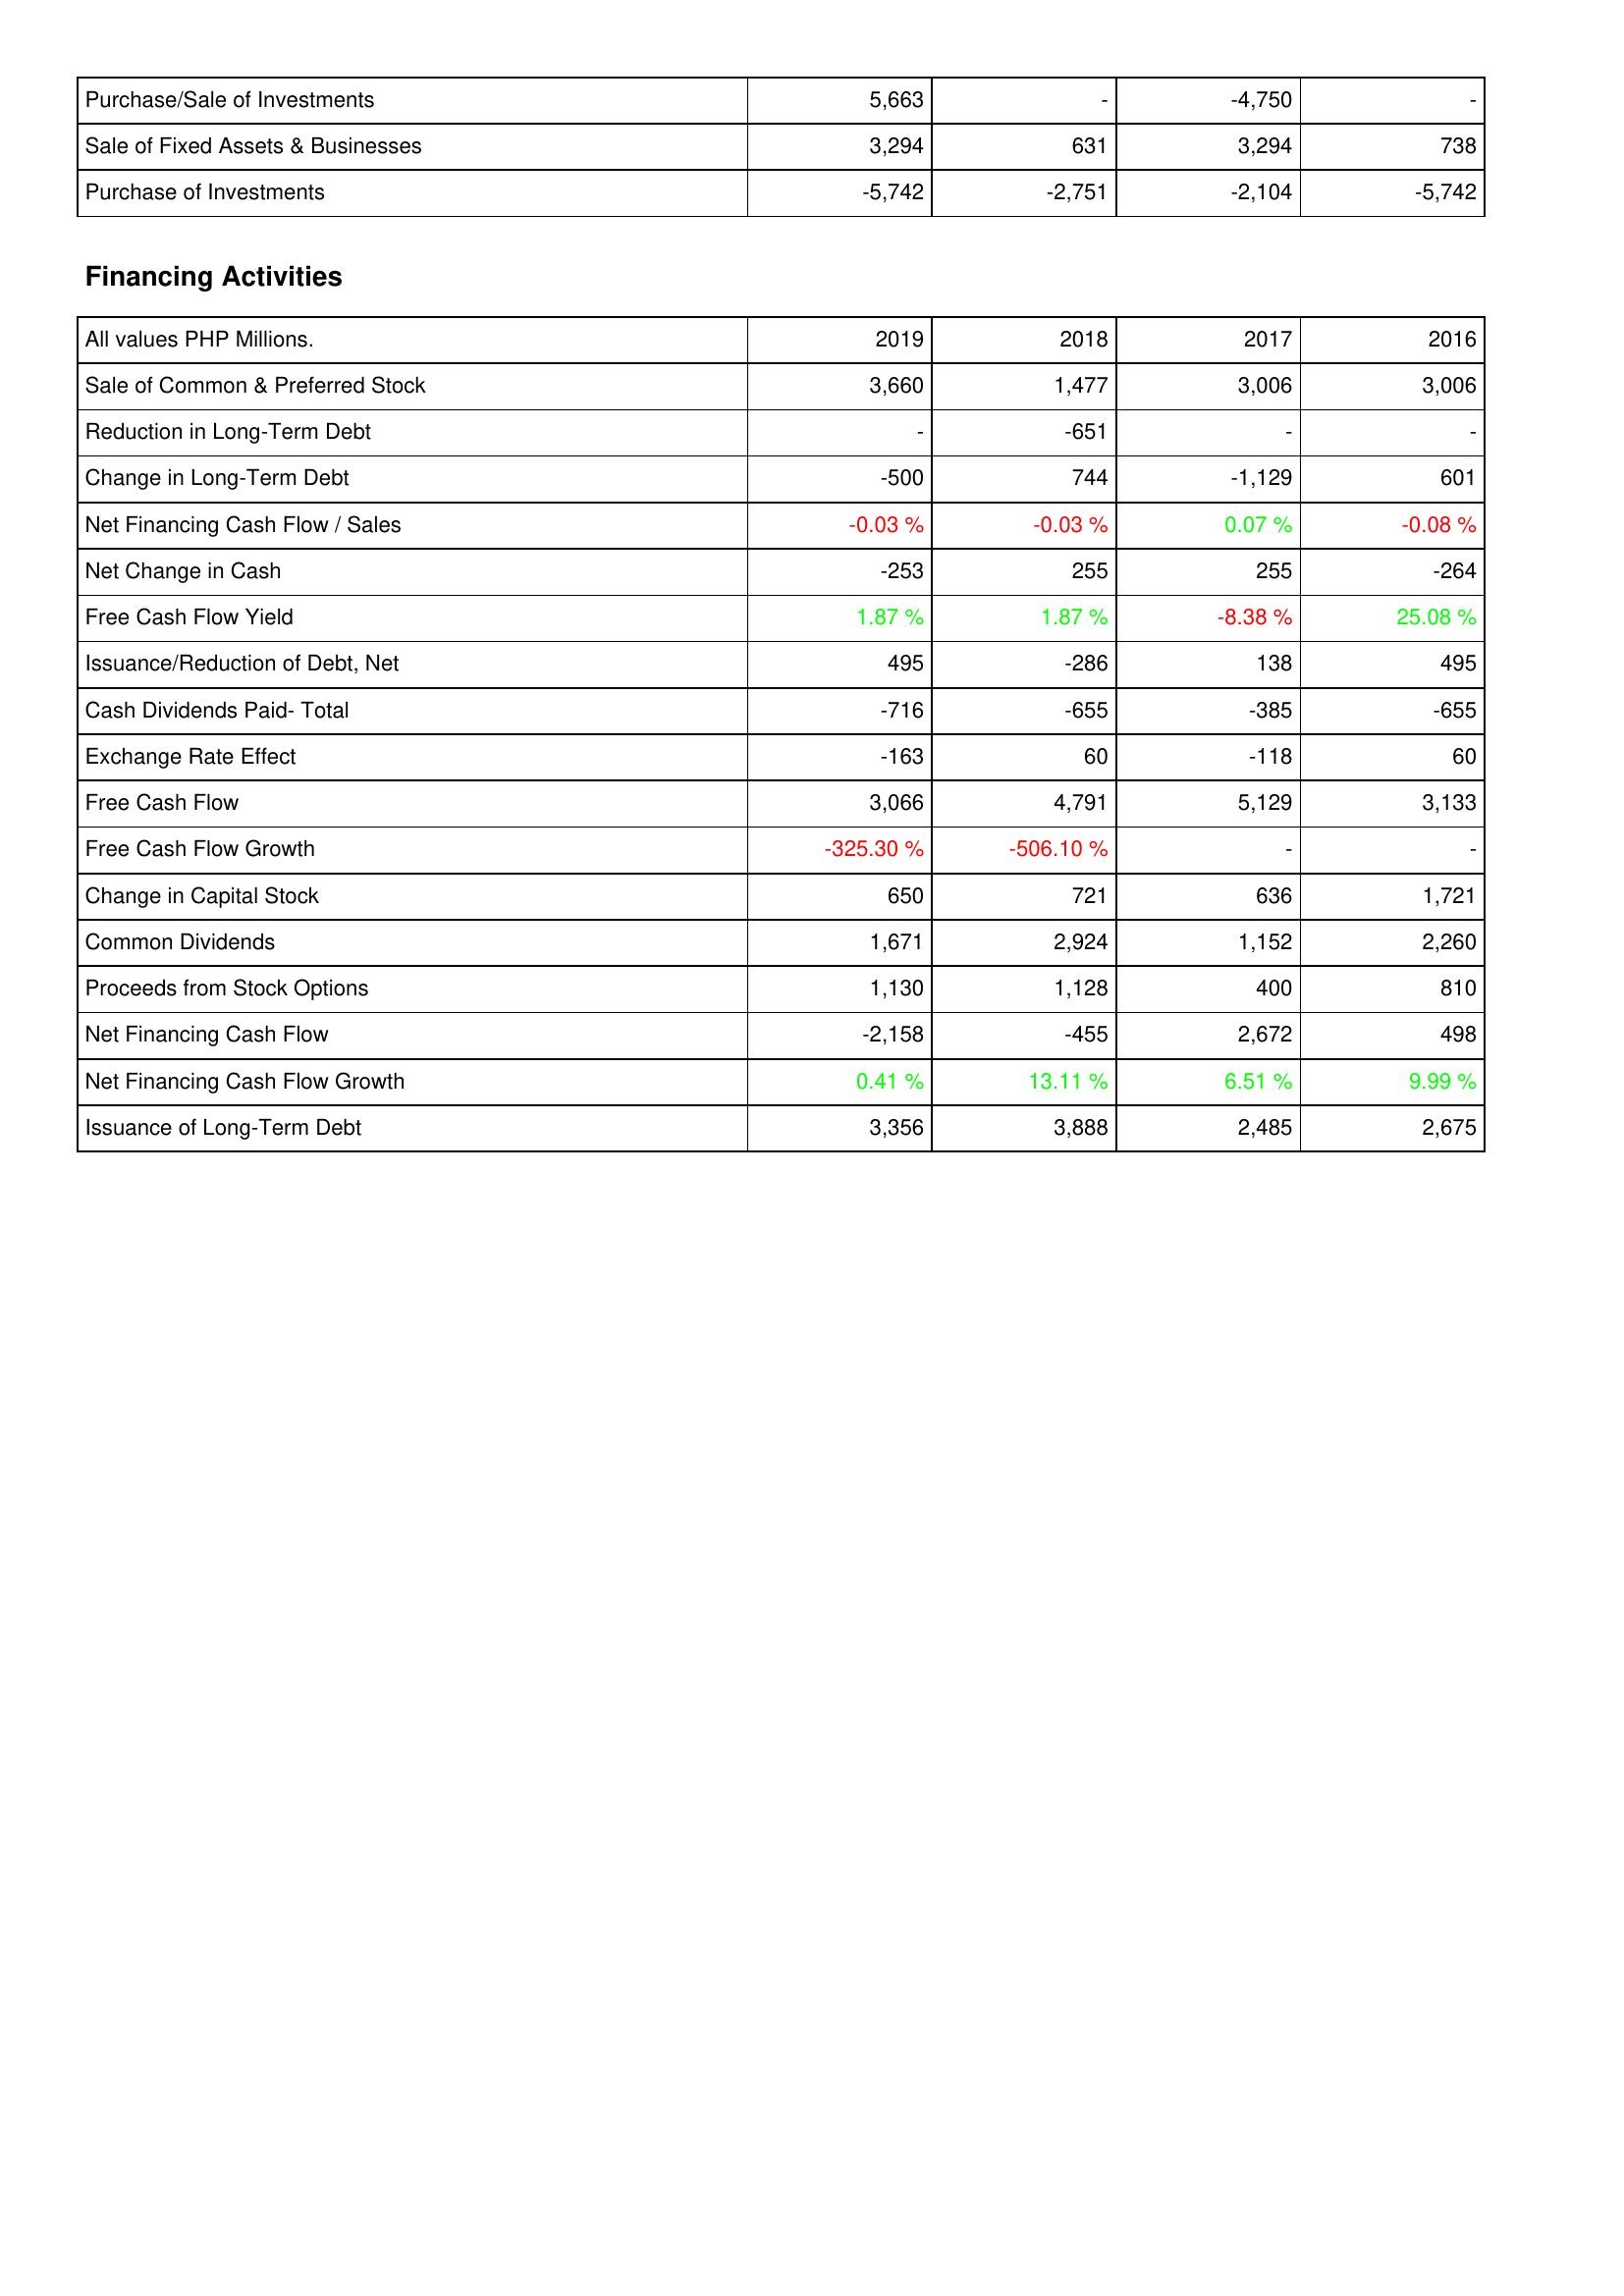
2019: Investing Activities: Purchase/Sale of Investments: 5,663
Sale of Fixed Assets & Businesses: 3,294
Purchase of Investments: -5,742
Financing Activities: Sale of Common & Preferred Stock: 3,660
Reduction in Long-Term Debt: -
Change in Long-Term Debt: -500
Net Financing Cash Flow / Sales: -0.03 %
Net Change in Cash: -253
Free Cash Flow Yield: 1.87 %
Issuance/Reduction of Debt, Net: 495
Cash Dividends Paid- Total: -716
Exchange Rate Effect: -163
Free Cash Flow: 3,066
Free Cash Flow Growth: -325.30 %
Change in Capital Stock: 650
Common Dividends: 1,671
Proceeds from Stock Options: 1,130
Net Financing Cash Flow: -2,158
Net Financing Cash Flow Growth: 0.41 %
Issuance of Long-Term Debt: 3,356
2018: Investing Activities: Purchase/Sale of Investments: -
Sale of Fixed Assets & Businesses: 631
Purchase of Investments: -2,751
Financing Activities: Sale of Common & Preferred Stock: 1,477
Reduction in Long-Term Debt: -651
Change in Long-Term Debt: 744
Net Financing Cash Flow / Sales: -0.03 %
Net Change in Cash: 255
Free Cash Flow Yield: 1.87 %
Issuance/Reduction of Debt, Net: -286
Cash Dividends Paid- Total: -655
Exchange Rate Effect: 60
Free Cash Flow: 4,791
Free Cash Flow Growth: -506.10 %
Change in Capital Stock: 721
Common Dividends: 2,924
Proceeds from Stock Options: 1,128
Net Financing Cash Flow: -455
Net Financing Cash Flow Growth: 13.11 %
Issuance of Long-Term Debt: 3,888
2017: Investing Activities: Purchase/Sale of Investments: -4,750
Sale of Fixed Assets & Businesses: 3,294
Purchase of Investments: -2,104
Financing Activities: Sale of Common & Preferred Stock: 3,006
Reduction in Long-Term Debt: -
Change in Long-Term Debt: -1,129
Net Financing Cash Flow / Sales: 0.07 %
Net Change in Cash: 255
Free Cash Flow Yield: -8.38 %
Issuance/Reduction of Debt, Net: 138
Cash Dividends Paid- Total: -385
Exchange Rate Effect: -118
Free Cash Flow: 5,129
Free Cash Flow Growth: -
Change in Capital Stock: 636
Common Dividends: 1,152
Proceeds from Stock Options: 400
Net Financing Cash Flow: 2,672
Net Financing Cash Flow Growth: 6.51 %
Issuance of Long-Term Debt: 2,485
2016: Investing Activities: Purchase/Sale of Investments: -
Sale of Fixed Assets & Businesses: 738
Purchase of Investments: -5,742
Financing Activities: Sale of Common & Preferred Stock: 3,006
Reduction in Long-Term Debt: -
Change in Long-Term Debt: 601
Net Financing Cash Flow / Sales: -0.08 %
Net Change in Cash: -264
Free Cash Flow Yield: 25.08 %
Issuance/Reduction of Debt, Net: 495
Cash Dividends Paid- Total: -655
Exchange Rate Effect: 60
Free Cash Flow: 3,133
Free Cash Flow Growth: -
Change in Capital Stock: 1,721
Common Dividends: 2,260
Proceeds from Stock Options: 810
Net Financing Cash Flow: 498
Net Financing Cash Flow Growth: 9.99 %
Issuance of Long-Term Debt: 2,675